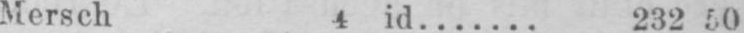
Mersch 4 id....... 232 50